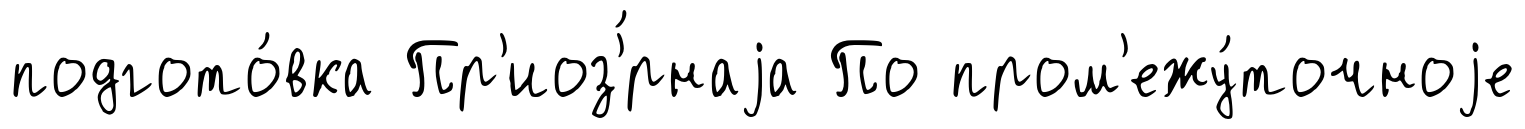
подгото́вка Пр'иоз'́рнаjа По пром'ежу́точноjе